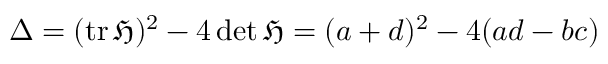
\Delta = ( \operatorname { t r } { \mathfrak { H } } ) ^ { 2 } - 4 \det { \mathfrak { H } } = ( a + d ) ^ { 2 } - 4 ( a d - b c )